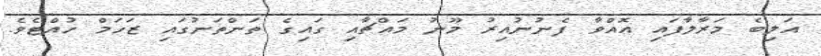
އަލިބެ މަރާލާފައި އޮއްވާ ފެނުނުއިރު މޫނު މައްޗާއި ގައިގެ ތަންތަނުގައި ޒަހަމް ހުއްޓެވެ.